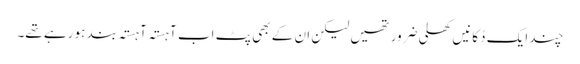
چند ایک دُکانیں کھلی ضرور تھیں لیکن ان کے بھی پٹ اب آہستہ آہستہ بند ہو رہے تھے۔